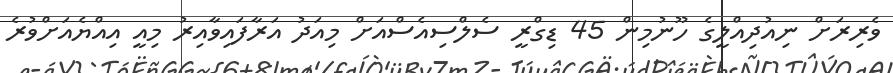
ވެރިރަށް ނިއުދިއްލީގެ ހޫނުމިން 45 ޑިގްރީ ސެލްސިއެސްއަށް މިއަދު އަރާފައިވާއިރު މިއީ އިއްޔެއަށްވުރެ